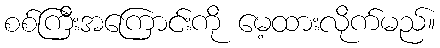
စစ်ကြီးအကြောင်းကို မေ့ထားလိုက်မည်။